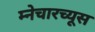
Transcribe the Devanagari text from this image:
म्नेचारच्यूस